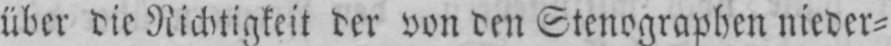
über die Richtigkeit der von den Stenographen nieder⸗